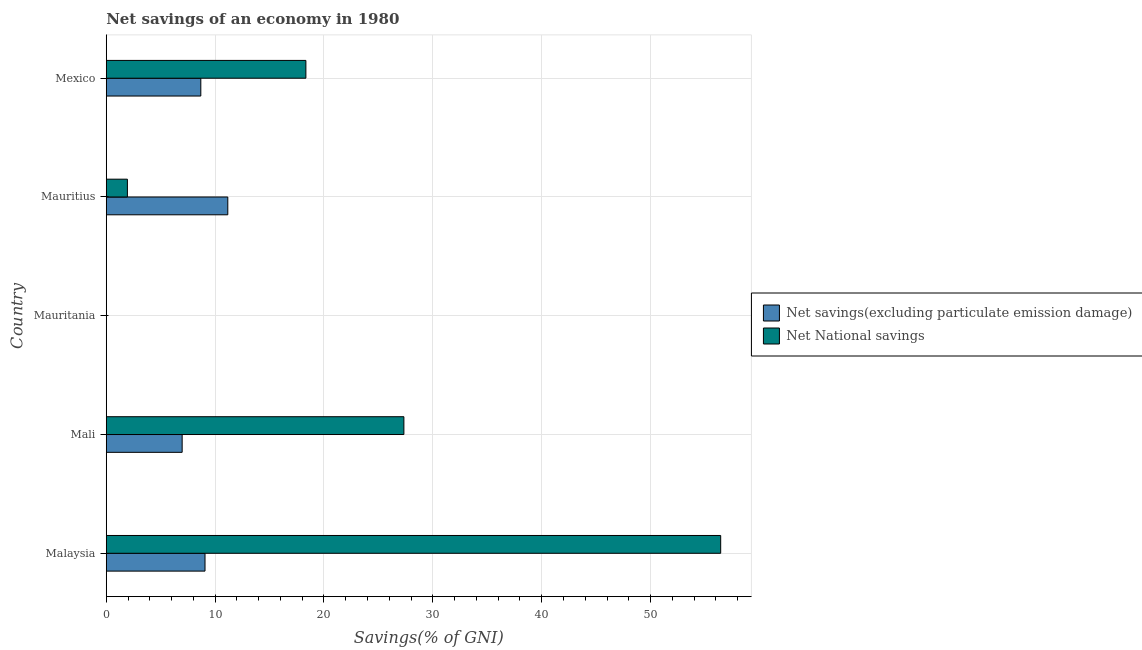
| Country | Net savings(excluding particulate emission damage) | Net National savings |
 | --- | --- | --- |
 | Malaysia | 9.07 | 56.4 |
 | Mali | 6.97 | 27.3 |
 | Mauritania | -7.42 | -5.75 |
 | Mauritius | 11.2 | 1.94 |
 | Mexico | 8.69 | 18.3 |